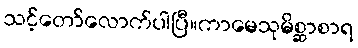
သင့်တော်လောက်ပါပြီ။ကာမေသုမိစ္ဆာစာရ